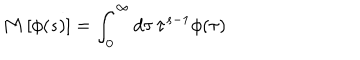
LaTeX: \mathbf { M } \, [ \phi ( s ) ] = \int _ { 0 } ^ { \infty } d \tau \, \tau ^ { s - 1 } \phi ( \tau )